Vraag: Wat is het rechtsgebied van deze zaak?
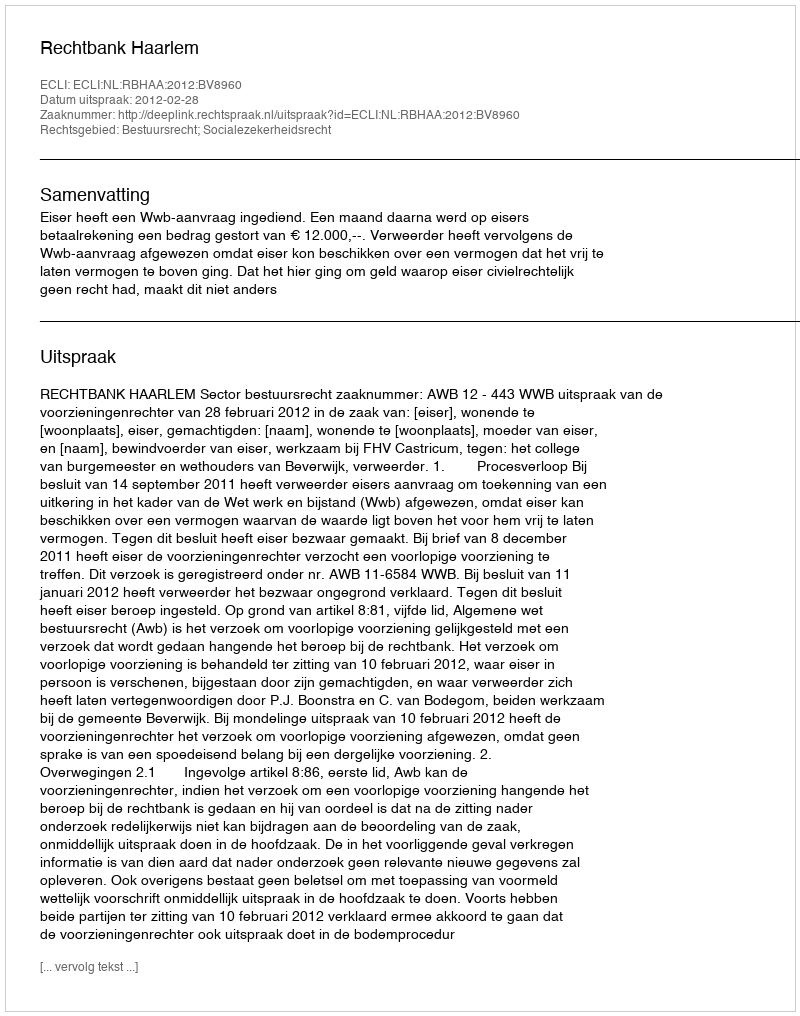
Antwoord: Bestuursrecht; Socialezekerheidsrecht